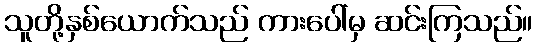
သူတို့နှစ်ယောက်သည် ကားပေါ်မှ ဆင်းကြသည်။